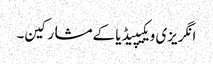
انگریزی ویکیپیڈیا کے مشارکین۔